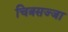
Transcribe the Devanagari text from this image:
चित्रसज्जा